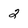
Character: 2